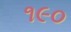
૧૯૦